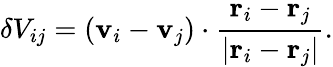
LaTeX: \delta V_{ij}=(\mathbf{v}_{i}-\mathbf{v}_{j})\cdot\frac{\mathbf{r}_{i}-\mathbf{r}_{j}}{\vert\mathbf{r}_{i}-\mathbf{r}_{j}\vert}.